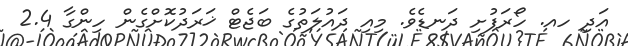
އަދި ހއ. ހޯރަފުށި ދަނޑެވެ. މިއި ދައުލަތުގެ ބަޖެޓް ޚަރަދުކޮށްގެން ހިންގާ 2.4